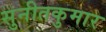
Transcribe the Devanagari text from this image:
सुनीतकुमार